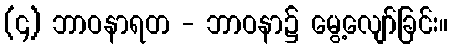
(၄) ဘာဝနာရတ - ဘာဝနာ၌ မွေ့လျော်ခြင်း။